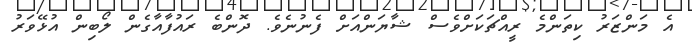
އެ މަންޒަރު ކިތަންމެ ރީއްޗަކަށްވެސް ޝާޔަންއަށް ފެނުނެވެ. ދޮންބެ ރައުފާއާގެން ލޯބިން އުޅޭވަރު